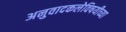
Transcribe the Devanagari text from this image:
अनुवादकलेविषयीच्या